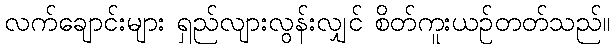
လက်ချောင်းများ ရှည်လျားလွန်းလျှင် စိတ်ကူးယဉ်တတ်သည်။